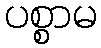
ပစ္စာမ